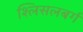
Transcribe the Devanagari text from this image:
श्लिसलबर्ग